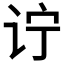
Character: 𲂇